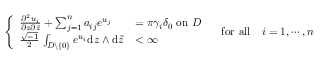
\left\{ \begin{array} { l l } { \frac { \partial ^ { 2 } u _ { i } } { \partial z \partial \bar { z } } + \sum _ { j = 1 } ^ { n } a _ { i j } e ^ { u _ { j } } } & { = \pi \gamma _ { i } \delta _ { 0 } \, \, \mathrm { o n } \, \, D } \\ { \frac { \sqrt { - 1 } } { 2 } \, \int _ { D \backslash \{ 0 \} } e ^ { u _ { i } } \mathrm { d } z \wedge \mathrm { d } \bar { z } } & { < \infty } \end{array} \right. \quad \mathrm { f o r ~ a l l } \quad i = 1 , \cdots , n